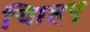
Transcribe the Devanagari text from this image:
चािहए